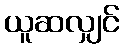
ယူဆလျှင်